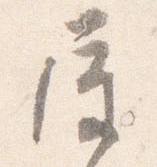
屋